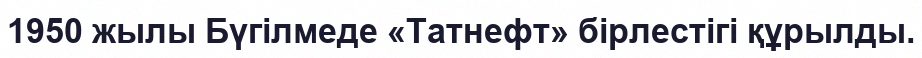
1950 жылы Бүгілмеде «Татнефт» бірлестігі құрылды.